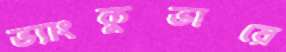
ভ্যাংকুভারে